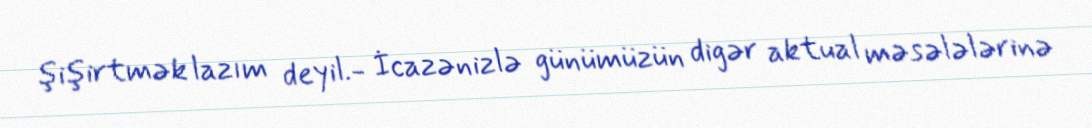
şişirtmək lazım deyil.- İcazənizlə günümüzün digər aktual məsələlərinə